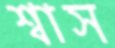
শ্বাস